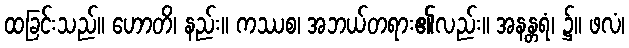
ထခြင်းသည်။ ဟောတိ၊ နည်း။ ကဿစ၊ အဘယ်တရား၏လည်း။ အနန္တရံ၊ ၌။ ဖလံ၊